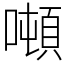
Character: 噸